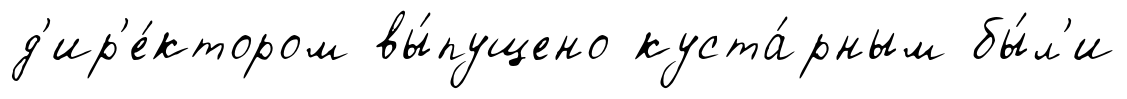
д'ир'е́ктором вы́пущено куста́рным бы́л'и